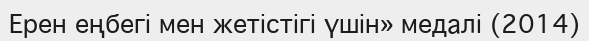
Ерен еңбегі мен жетістігі үшін» медалі (2014)